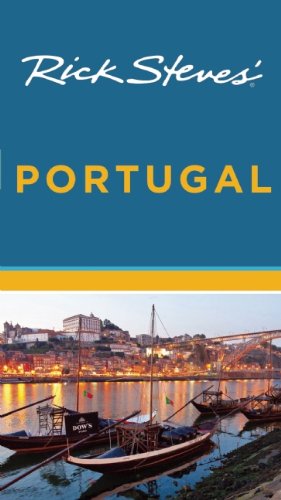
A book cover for Rick Steves' Portugal; Rick Steves; Travel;